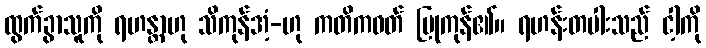
ထွက်ခွာသူကို ရဟန္တာဟု သိကုန်အံ့-ဟု ကတိကဝတ် ပြုကုန်၏။ ရဟန်းတပါးသည် ငါ့ကို